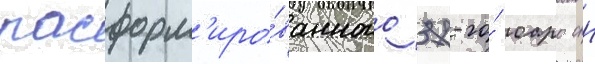
расформ'иро́ванного 37-го́ оаро спн